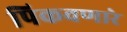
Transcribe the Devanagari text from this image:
पिकवणारे